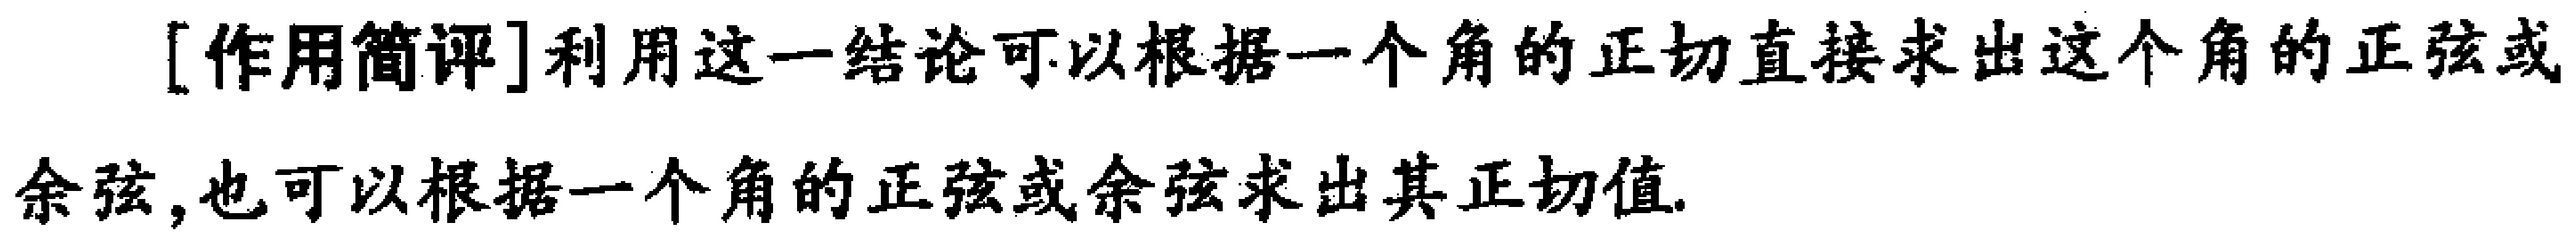
[作用简评]利用这一结论可以根据一个角的正切直接求出这个角的正弦或余弦,也可以根据一个角的正弦或余弦求出其正切值.